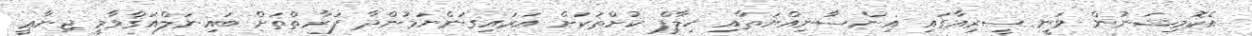
އެކޮމިޝަނުން ވަނީ ސީރިއާގައި އިންސާނިއްޔަތާއި ޚިލާފް ކުށްތަކަށް އަރައިގަންނަމުންދާ ފަރާތްތަށް ބައިނަލްއަޤްވާމީ ޖިނާޢީ